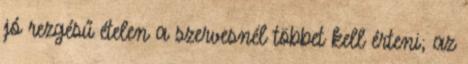
jó rezgésű ételen a szervesnél többet kell érteni; az